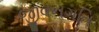
જીવનગતિ